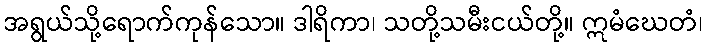
အရွယ်သို့ရောက်ကုန်သော။ ဒါရိကာ၊ သတို့သမီးငယ်တို့။ ဣမံဃေတံ၊